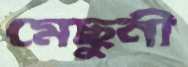
মেছুনী